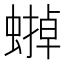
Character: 𧐼